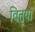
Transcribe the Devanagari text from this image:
वितृया